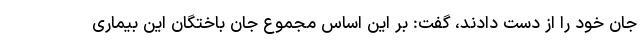
جان خود را از دست دادند، گفت: بر این اساس مجموع جان باختگان این بیماری